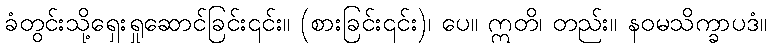
ခံတွင်းသို့ရှေးရှုဆောင်ခြင်း၎င်း။ (စားခြင်း၎င်း)၊ ပေ။ ဣတိ၊ တည်း။ နဝမသိက္ခာပဒံ။